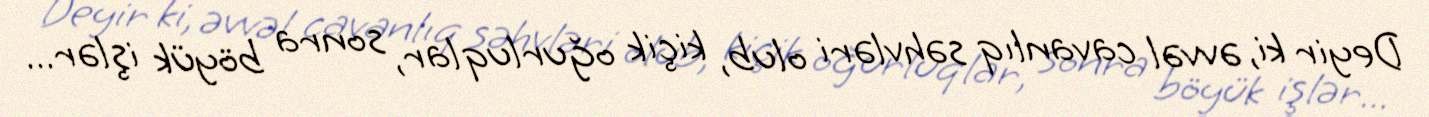
Deyir ki, əvvəl cavanlıq səhvləri olub, kiçik oğurluqlar, sonra böyük işlər...